NAE_ERA_R-2324_Eesti_Vabariigi_Pohiseaduslik_Assamblee, lk 144
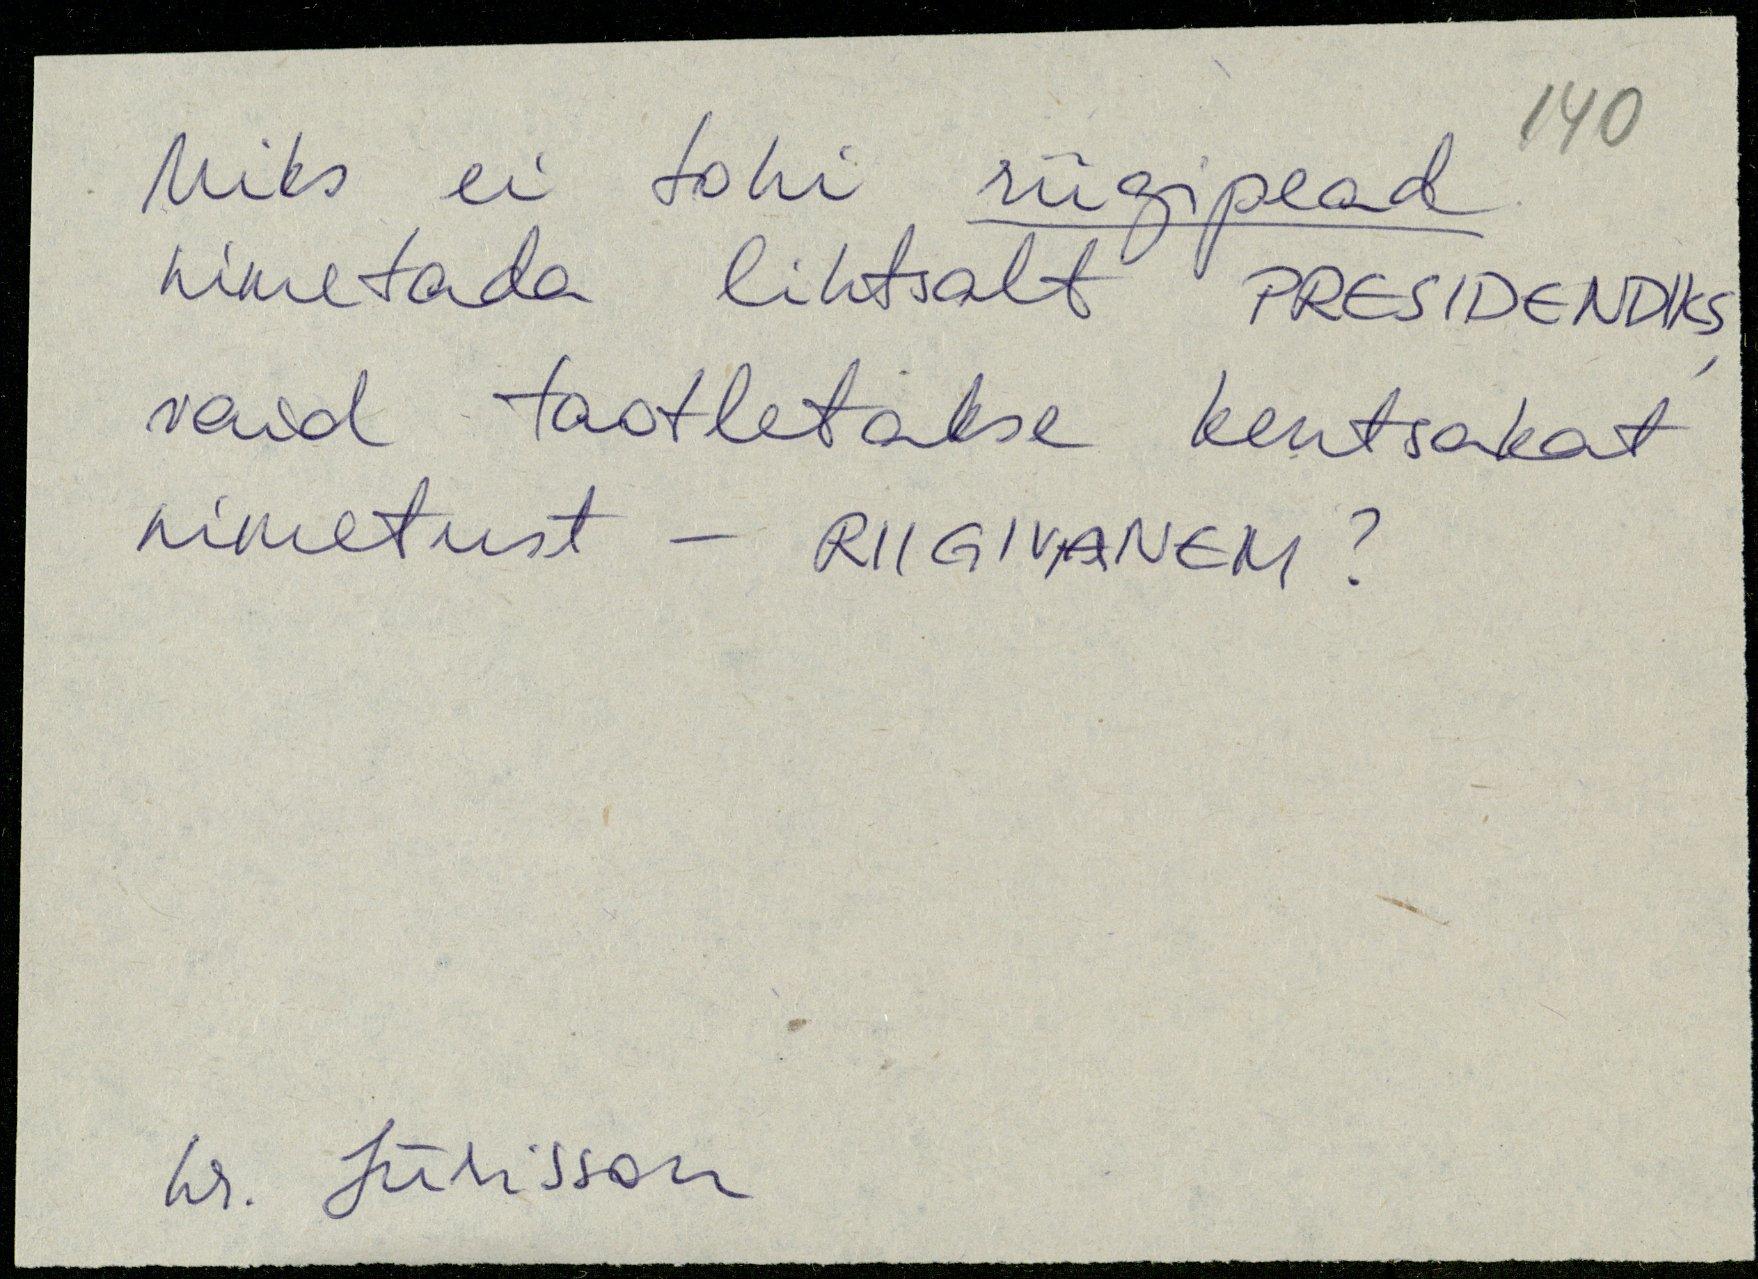
Miks ei tohi riigipead
nimetada lihtsalt PRESIDENDIKS
vaid taotletakse kentsakat
nimetust - RIIGIVANEM?
hr. Jürisson